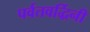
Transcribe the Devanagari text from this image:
पर्वतवर्द्धिनी